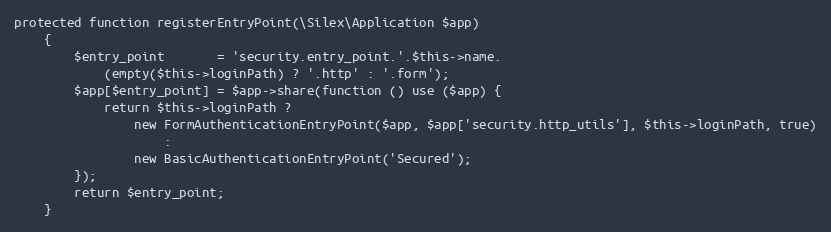
Language: PHP
protected function registerEntryPoint(\Silex\Application $app)
    {
        $entry_point       = 'security.entry_point.'.$this->name.
            (empty($this->loginPath) ? '.http' : '.form');
        $app[$entry_point] = $app->share(function () use ($app) {
            return $this->loginPath ?
                new FormAuthenticationEntryPoint($app, $app['security.http_utils'], $this->loginPath, true)
                    :
                new BasicAuthenticationEntryPoint('Secured');
        });
        return $entry_point;
    }